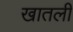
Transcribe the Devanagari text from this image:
खातली